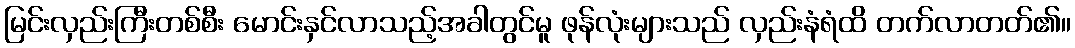
မြင်းလှည်းကြီးတစ်စီး မောင်းနှင်လာသည့်အခါတွင်မူ ဖုန်လုံးများသည် လှည်းနံရံထိ တက်လာတတ်၏။